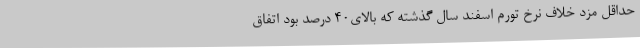
حداقل مزد خلاف نرخ تورم اسفند سال گذشته که بالای40 درصد بود اتفاق